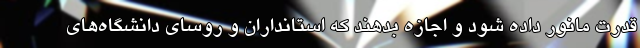
قدرت مانور داده شود و اجازه بدهند که استانداران و روسای دانشگاه‌های